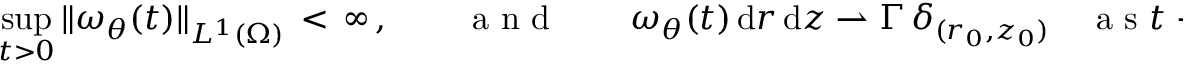
\operatorname* { s u p } _ { t > 0 } \| \omega _ { \theta } ( t ) \| _ { L ^ { 1 } ( \Omega ) } \, < \, \infty \, , \qquad \mathrm { ~ a ~ n ~ d ~ } \qquad \omega _ { \theta } ( t ) \, \mathrm { d } r \, \mathrm { d } z \rightharpoonup \Gamma \, \delta _ { ( r _ { 0 } , z _ { 0 } ) } \quad \mathrm { ~ a ~ s ~ } t \to 0 \, .